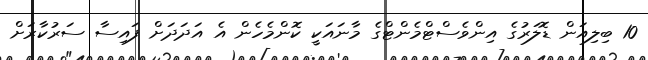
10 ބިލިއަން ޑޮލަރުގެ އިންވެސްޓްމެންޓްގެ މާނައަކީ ކޮންމެހެން އެ އަދަދަށް ފައިސާ ސަރުކާރަށް